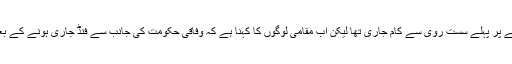
موجود حکومت کے دور میں اس منصوبے پر پہلے سست روی سے کام جاری تھا لیکن اب مقامی لوگوں کا کہنا ہے کہ وفاقی حکومت کی جانب سے فنڈ جاری ہونے کے بعد منصوبے پر تیزی سے کام جاری ہے۔